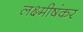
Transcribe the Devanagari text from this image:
लक्ष्मीषंकर